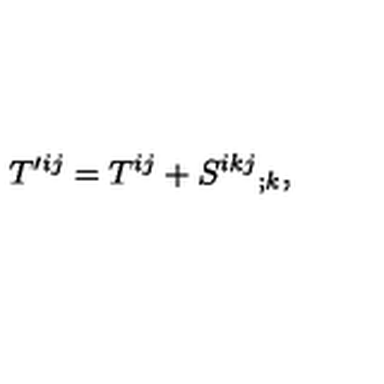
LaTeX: T ^ { \prime i j } = T ^ { i j } + S ^ { i k j } { } _ { ; k } ,